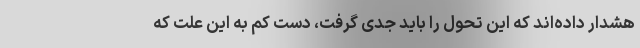
هشدار داده‌اند که این تحول را باید جدی گرفت، دست کم به این علت که